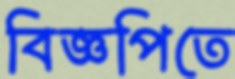
বিজ্ঞপিতে